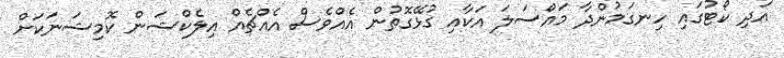
އަދި ކޯޓުގައި ހިނގަމުންދާ މައްސަލަ އަކާއި ގުޅޭގޮތުން އެއްވެސް އެއްޗެއް އިލެކްޝަން ކޮމިޝަނަކަށް